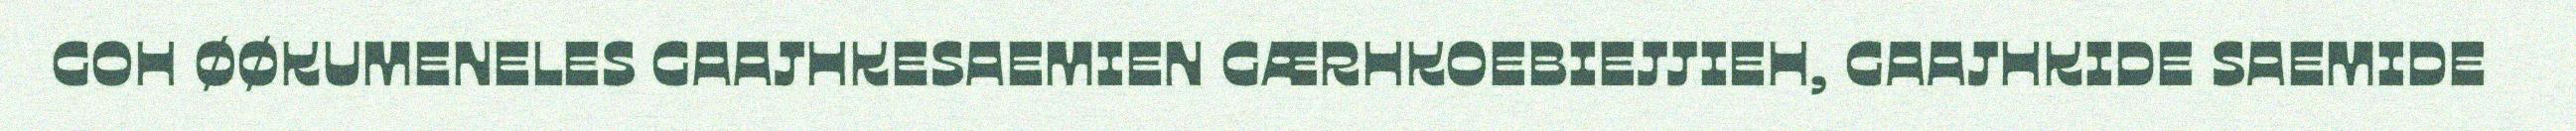
GOH ØØKUMENELES GAAJHKESAEMIEN GÆRHKOEBIEJJIEH, GAAJHKIDE SAEMIDE